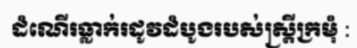
ដំណើរធ្លាក់រដូវដំបូងរបស់ស្ត្រីក្រមុំ :